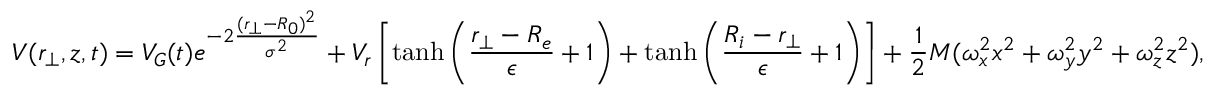
V ( r _ { \perp } , z , t ) = V _ { G } ( t ) e ^ { - 2 \frac { ( r _ { \perp } - R _ { 0 } ) ^ { 2 } } { \sigma ^ { 2 } } } + V _ { r } \left[ \operatorname { t a n h } \left( \frac { r _ { \perp } - R _ { e } } { \epsilon } + 1 \right) + \operatorname { t a n h } \left( \frac { R _ { i } - r _ { \perp } } { \epsilon } + 1 \right) \right] + \frac { 1 } { 2 } M ( \omega _ { x } ^ { 2 } x ^ { 2 } + \omega _ { y } ^ { 2 } y ^ { 2 } + \omega _ { z } ^ { 2 } z ^ { 2 } ) ,